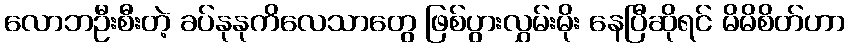
လောဘဦးစီးတဲ့ ခပ်နုနုကိလေသာတွေ ဖြစ်ပွားလွှမ်းမိုး နေပြီဆိုရင် မိမိစိတ်ဟာ